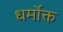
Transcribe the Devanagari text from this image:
धर्मोक्त